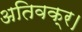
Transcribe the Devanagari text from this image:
अतिवक्र।